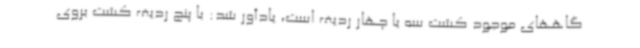
گاههای موجود کشت سه یا چهار ردیف است، یادآور شد: با پنج ردیف کشت بروی